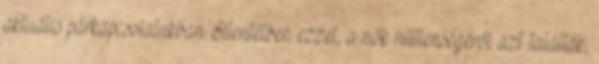
aktuális párkapcsolatukban. Ellentétben ezzel, a nők hűtlenségéről azt találták,